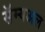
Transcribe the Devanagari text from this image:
सॅम्यअल